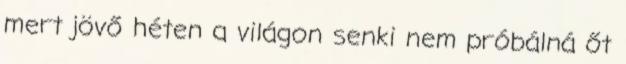
mert jövő héten a világon senki nem próbálná őt